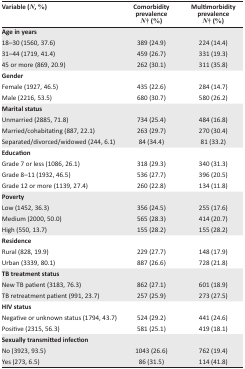
| Variable (N, %) | Comorbidity prevalence N† (%) | Multimorbidity prevalence N† (%) |
 | --- | --- | --- |
 | Age in years18–30 (1560, 37.6)31–44 (1719, 41.4)45 or more (869, 20.9) | 389 (24.9)459 (26.7)262 (30.1) | 224 (14.4)331 (19.3)311 (35.8) |
 | GenderFemale (1927, 46.5)Male (2216, 53.5) | 435 (22.6)680 (30.7) | 284 (14.7)580 (26.2) |
 | Marital statusUnmarried (2885, 71.8)Married/cohabitating (887, 22.1)Separated/divorced/widowed (244, 6.1) | 734 (25.4)263 (29.7)84 (34.4) | 484 (16.8)270 (30.4)81 (33.2) |
 | EducationGrade 7 or less (1086, 26.1)Grade 8–11 (1932, 46.5)Grade 12 or more (1139, 27.4) | 318 (29.3)536 (27.7)260 (22.8) | 340 (31.3)396 (20.5)134 (11.8) |
 | PovertyLow (1452, 36.3)Medium (2000, 50.0)High (550, 13.7) | 356 (24.5)565 (28.3)155 (28.2) | 255 (17.6)414 (20.7)155 (28.2) |
 | ResidenceRural (828, 19.9)Urban (3339, 80.1) | 229 (27.7)887 (26.6) | 148 (17.9)728 (21.8) |
 | TB treatment statusNew TB patient (3183, 76.3)TB retreatment patient (991, 23.7) | 862 (27.1)257 (25.9) | 601 (18.9)273 (27.5) |
 | HIV statusNegative or unknown status (1794, 43.7)Positive (2315, 56.3) | 524 (29.2)581 (25.1) | 441 (24.6)419 (18.1) |
 | Sexually transmitted infectionNo (3923, 93.5)Yes (273, 6.5) | 1043 (26.6)86 (31.5) | 762 (19.4)114 (41.8) |